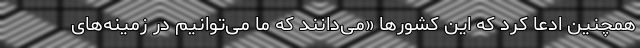
همچنین ادعا کرد که این کشورها «می‌دانند که ما می‌توانیم در زمینه‌های